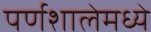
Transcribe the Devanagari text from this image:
पर्णशालेमध्ये